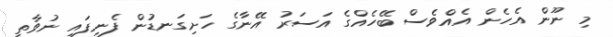
މި ނޫން އެހެން އެއްވެސް ބޭހެއްގެ އަސަރު އޭނާގެ ހަށިގަނޑުން ފެނިފައި ނުވާތީ